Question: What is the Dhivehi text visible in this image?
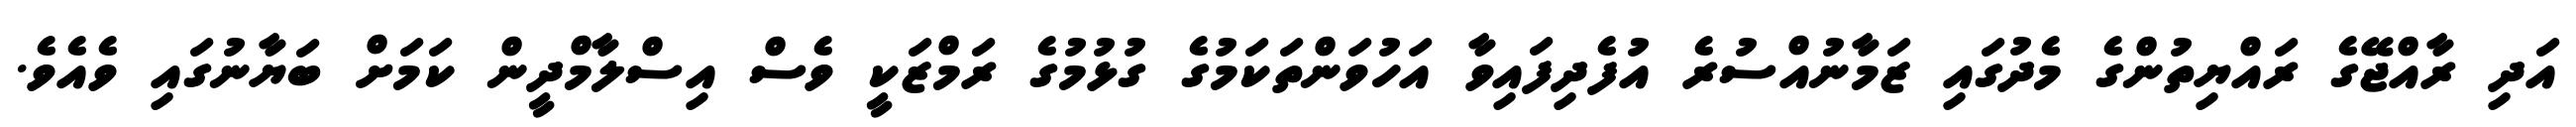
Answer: އަދި ރާއްޖޭގެ ރައްޔިތުންގެ މެދުގައި ޒަމާނުއްސުރެ އުފެދިފައިވާ އަހުވަންތަކަމުގެ ގުޅުމުގެ ރަމްޒަކީ ވެސް އިސްލާމްދީން ކަމަށް ބަޔާނުގައި ވެއެވެ.